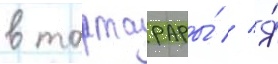
в тартарары́ // Я́